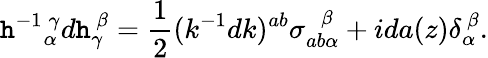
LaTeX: \mathtt{h}^{-1}{}_{\alpha}^{~\gamma}d\mathtt{h}_{\gamma}^{~\beta}={\frac{{1}}{{2}}}(k^{-1}dk)^{ab}\sigma_{ab\alpha}^{~~~\beta}+ida(z)\delta_{\alpha}^{~\beta}.